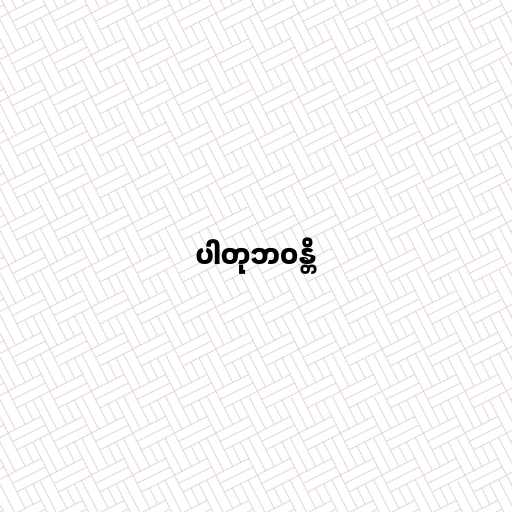
ပါတုဘဝန္တိ